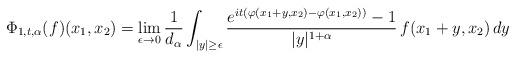
LaTeX: \begin{align*}\Phi_{1, t, \alpha}(f)(x_1, x_2) = \lim_{\epsilon \to 0}\frac{1}{d_{\alpha}}\int_{|y|\geq \epsilon} \frac{e^{it(\varphi(x_1 + y,x_2)- \varphi(x_1,x_2))}- 1}{|y|^{1 + \alpha}} \, f(x_1 + y, x_2)\, dy\end{align*}